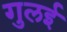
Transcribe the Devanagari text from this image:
गुलई